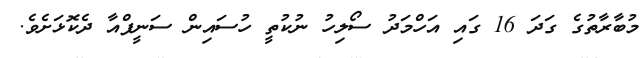
މުބާރާތުގެ ގަދަ 16 ގައި އަހްމަދު ސޯލިހު ނުކުތީ ހުސައިން ސަނީފްއާ ދެކޮޅަށެވެ.